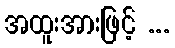
အထူးအားဖြင့် ...